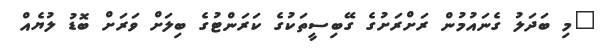
"މި ބަދަލު ގެނައުމުން ރަށްރަށުގެ ގޭބިސީތަކުގެ ކަރަންޓުގެ ބިލަށް ވަރަށް ބޮޑު ލުޔެއް